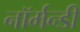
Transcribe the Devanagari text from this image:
नॉर्मन्डी